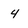
Character: 4